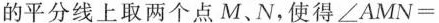
的平分线上取两个点M、N，使得$$∠ A M N =